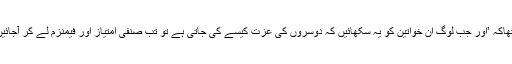
جنید شاہد کاکہناتھاکہ ’اور جب لوگ ان خواتین کو یہ سکھائیں کہ دوسروں کی عزت کیسے کی جاتی ہے تو تب صنفی امتیاز اور فیمنزم لے کر آجائیں گی یہ باجیاں ‘۔